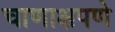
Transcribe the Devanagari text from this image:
चाणाक्षपणे